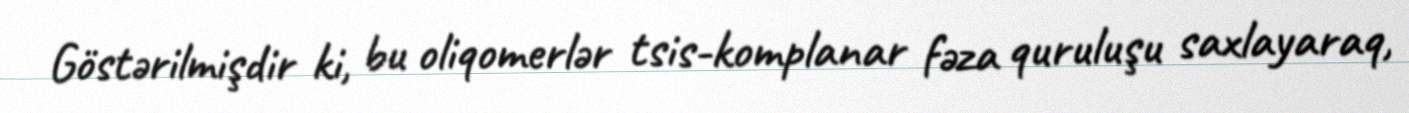
Göstərilmişdir ki, bu oliqomerlər tsis-komplanar fəza quruluşu saxlayaraq,